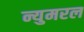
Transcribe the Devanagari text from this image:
न्युमरल